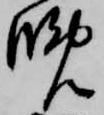
晩